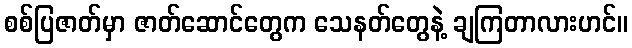
စစ်ပြဇာတ်မှာ ဇာတ်ဆောင်တွေက သေနတ်တွေနဲ့ ချကြတာလားဟင်။